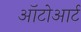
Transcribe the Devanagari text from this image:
ऑटोआर्ट